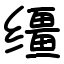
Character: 缰